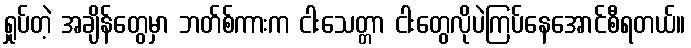
ရှုပ်တဲ့ အချိန်တွေမှာ ဘတ်စ်ကားက ငါးသေတ္တာ ငါးတွေလိုပဲကြပ်နေအောင်စီရတယ်။